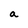
Character: a